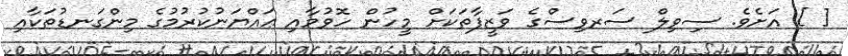
[ ] އަށެވެ. ސިވިލް ސަރވިސްގެ ވަޒީފާތަކަށް މީހުން ހޮވުމާއި ޢައްޔަނުކުރުމުގެ މިންގަނޑުތަކާއި